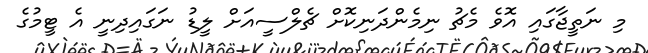
މި ނަތީޖާގައި އޮވެ މެޗު ނިމެންދަނިކޮށް ޗެލްސީއަށް ލީޑު ނަގައިދިނީ އެ ޓީމުގެ